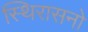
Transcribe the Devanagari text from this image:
स्थिरासनो